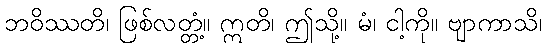
ဘဝိဿတိ၊ ဖြစ်လတ္တံ့။ ဣတိ၊ ဤသို့။ မံ၊ ငါ့ကို။ ဗျာကာသိ၊